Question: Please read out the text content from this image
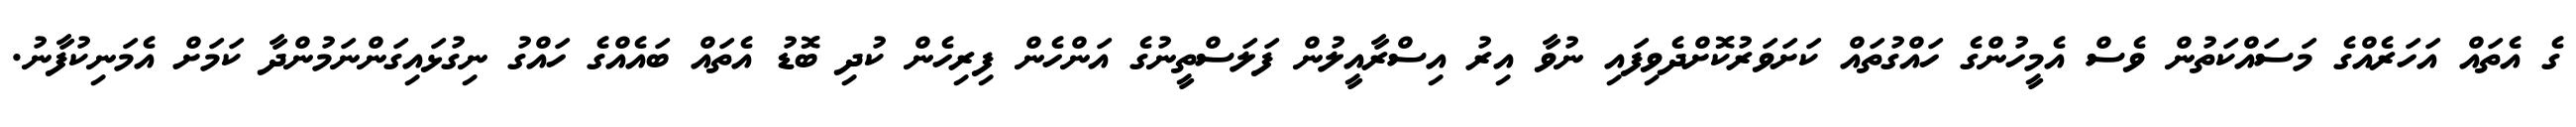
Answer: ގެ އެތައް އަހަރެއްގެ މަސައްކަތުން ވެސް އެމީހުންގެ ހައްގުތައް ކަށަވަރުކޮށްދެވިފައި ނުވާ އިރު އިސްރާއީލުން ފަލަސްތީނުގެ އަންހެން ފިރިހެން ކުދި ބޮޑު އެތައް ބައެއްގެ ހައްގު ނިގުޅައިގަންނަމުންދާ ކަމަށް އެމަނިކުފާނު.